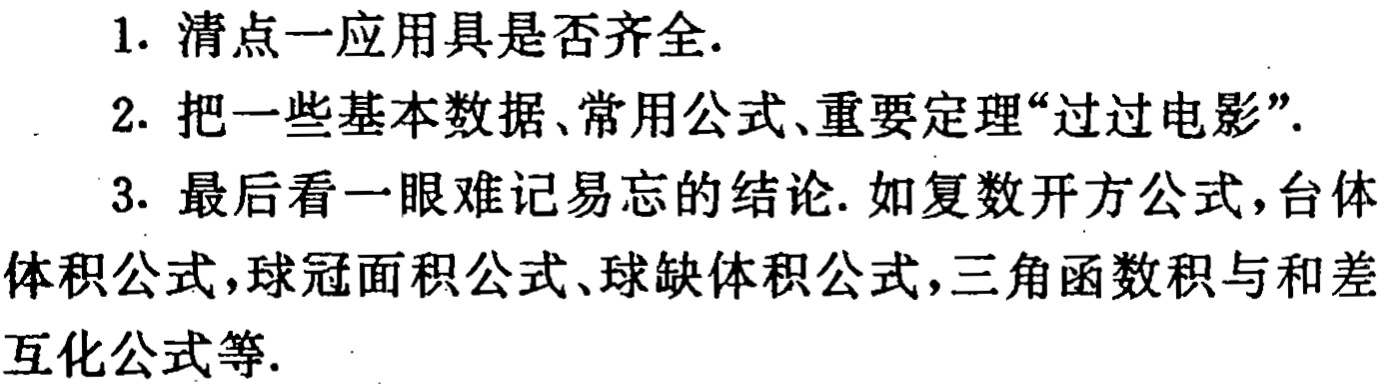
1. 清点一应用具是否齐全.
2. 把一些基本数据、常用公式、重要定理“过过电影”.
3. 最后看一眼难记易忘的结论. 如复数开方公式, 台体体积公式, 球冠面积公式、球缺体积公式, 三角函数积与和差互化公式等.